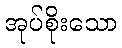
အုပ်စိုးသော